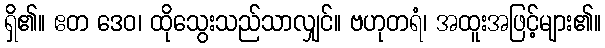
ရှိ၏။ ဧတ ဒေဝ၊ ထိုသွေးသည်သာလျှင်။ ဗဟုတရံ၊ အထူးအဖြင့်များ၏။